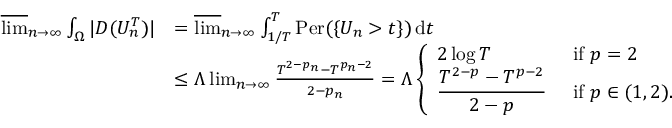
\begin{array} { r l } { \varlimsup _ { n \to \infty } \int _ { \Omega } | D ( U _ { n } ^ { T } ) | } & { = \varlimsup _ { n \to \infty } \int _ { 1 / T } ^ { T } \mathrm { P e r } ( \{ U _ { n } > t \} ) \, \mathrm d t } \\ & { \leq \Lambda \operatorname* { l i m } _ { n \to \infty } \frac { T ^ { 2 - p _ { n } } - T ^ { p _ { n } - 2 } } { 2 - p _ { n } } = \Lambda \left\{ \begin{array} { l l } { 2 \log T } & { \mathrm { ~ i f ~ } p = 2 } \\ { \displaystyle \frac { T ^ { 2 - p } - T ^ { p - 2 } } { 2 - p } } & { \mathrm { ~ i f ~ } p \in ( 1 , 2 ) . } \end{array} \right. } \end{array}